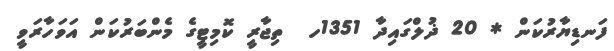
ފަނޑިޔާރުކަން * 20 ޛުލްގައިދާ 1351ހ  ތިޖާރީ ކޮމިޓީގެ މެންބަރުކަން އަވަހާރަވީ